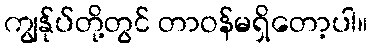
ကျွန်ုပ်တို့တွင် တာဝန်မရှိတော့ပါ။